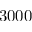
3 0 0 0